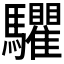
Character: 𩧘